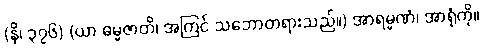
(နိ၊ ၃၇၆) (ယာ ဓမ္မဇာတိ၊ အကြင် သဘောတရားသည်။) အာရမ္မဏံ၊ အာရုံကို။